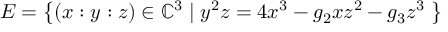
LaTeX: E = \left\{ ( x : y : z ) \in \mathbb { C } ^ { 3 } \mid y ^ { 2 } z = 4 x ^ { 3 } - g _ { 2 } x z ^ { 2 } - g _ { 3 } z ^ { 3 } \; \right\}